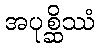
အပုစ္ဆိဿံ